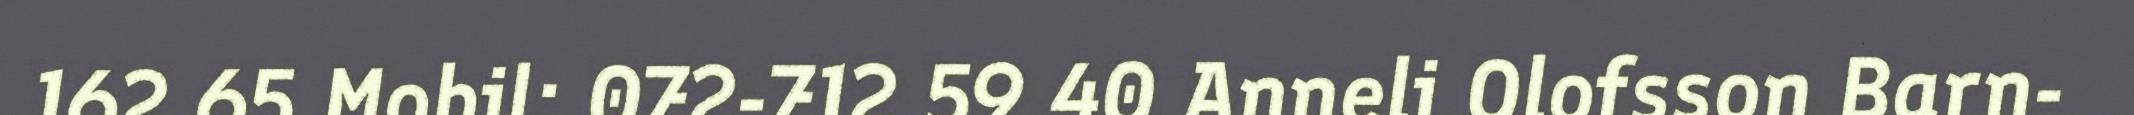
162 65 Mobil: 072-712 59 40 Anneli Olofsson Barn-